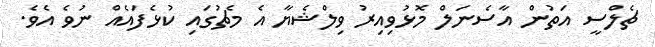
ޗެލްސީ އަތުން އާސެނަލް މޮޅުވިއިރު ވިލްޝެޔާ އެ މެޗުގައި ކުޅެފައެއް ނުވެ އެވެ.